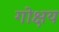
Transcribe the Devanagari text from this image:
गोक्षय